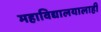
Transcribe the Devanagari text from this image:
महाविद्यालयालाही